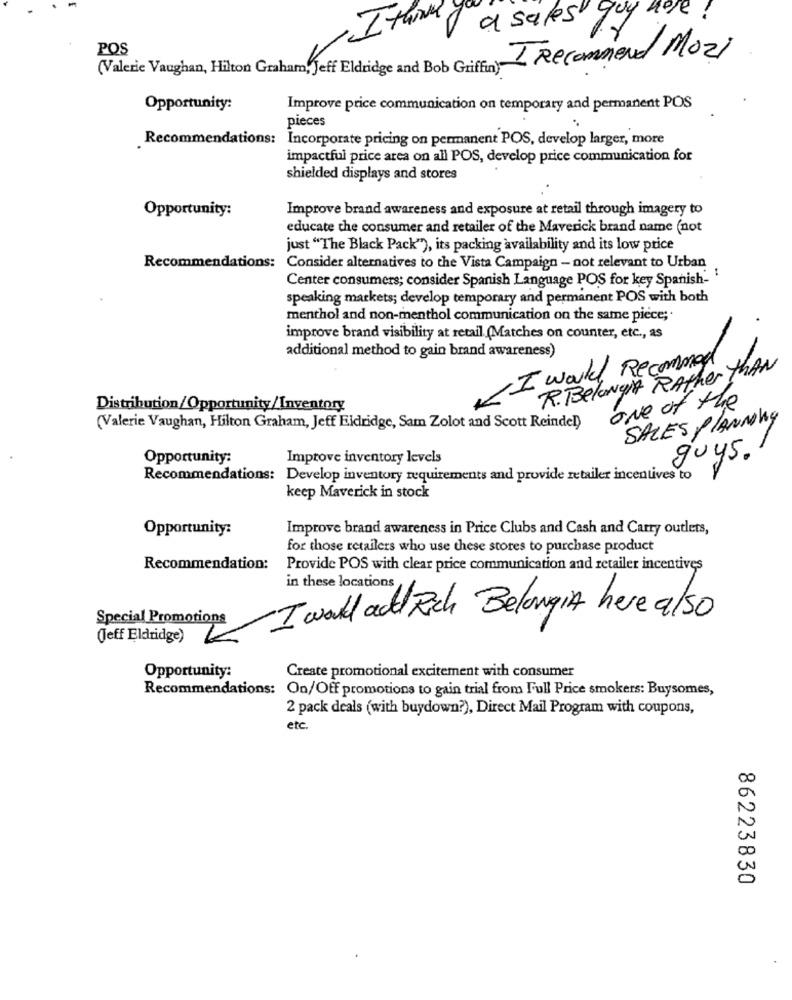
I think
a sales goy here !
POS
I Recommend Mozi
(Valerie Vaughan, Hilton Graham, Jeff Eldridge and Bob Griffin)"
Opportunity:
Improve price communication on temporary and permanent POS
pieces
Recommendations:
Incorporate pricing on permanent POS, develop larger, more
impactful price area on all POS, develop price communication for
shielded displays and stores
Opportunity:
Improve brand awareness and exposure at retail through imagery to
educate the consumer and retailer of the Maverick brand name (not
just "The Black Pack"), its packing availability and its low price
Recommendations: Consider alternatives to the Vista Campaign - not relevant to Urban
Center consumers; consider Spanish Language POS for key Spanish- '
speaking markets; develop temporary and permanent POS with both
menthol and non-menthol communication on the same piece ;.
improve brand visibility at retail (Matches on counter, etc ., as
additional method to gain brand awareness)
I would Recommend
R. Belowgit Rather THAN
Distribution/Opportunity/Inventory
one of the
SALES PLANNOHY
(Valerie Vaughan, Hilton Graham, Jeff Eldridge, Sam Zolot and Scott Reindel)
Opportunity:
Improve inventory levels
guys.
Recommendations: Develop inventory requirements and provide retailer incentives to
keep Maverick in stock
Opportunity:
Improve brand awareness in Price Clubs and Cash and Carry outlets,
for those retailers who use these stores to purchase product
Recommendation:
Provide POS with clear price communication and retailer incentives
in these locations
Special Promotions
I would ad Rich BelowgiA heve also
(Jeff Eldridge)
Opportunity:
Create promotional excitement with consumer
Recommendations: On/Off promotions to gain trial from Full Price smokers: Buysomes,
2 pack deals (with buydown?), Direct Mail Program with coupons,
etc.
86223830